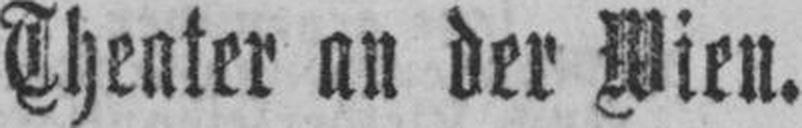
Theater an der Wien.